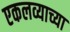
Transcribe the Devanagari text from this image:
एकलव्याच्या